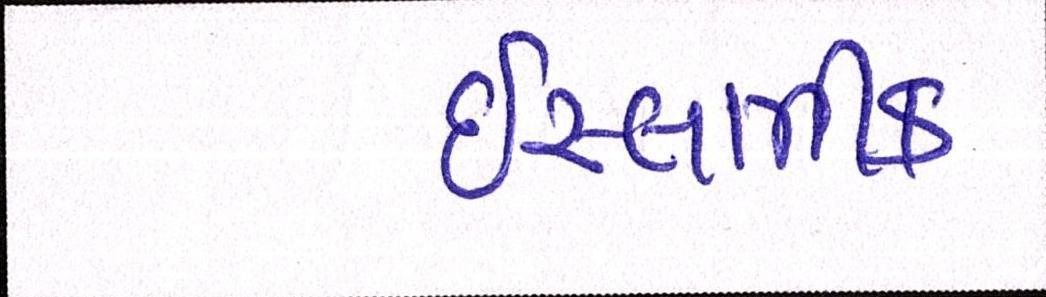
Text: ઈસ્લામીક